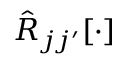
\hat { R } _ { j j ^ { \prime } } [ \cdot ]